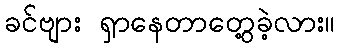
ခင်ဗျား ရှာနေတာတွေ့ခဲ့လား။